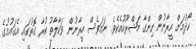
ހޯދުމަށް އީރާނުން ހިންގާ މަޝްރޫއުއެކެވެ. ނަމަވެސް އީރާނުން ވަކާލާތު ކުރާ ގޮތުގައި އެގައުމުގެ